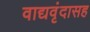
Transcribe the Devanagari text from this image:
वाद्यवृंदासह